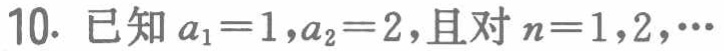
10. 已知\(a_{1}=1,a_{2}=2\)，且对\(n = 1,2,\cdots\)